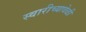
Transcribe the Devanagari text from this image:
स्वारीच्यावेळी